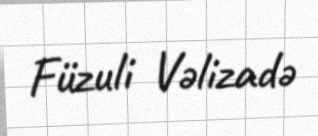
Füzuli Vəlizadə